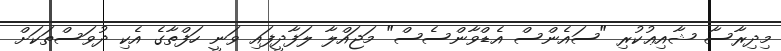
މިދިރާސާ ޝާއިޢުކުރި "ސައެންސް އެޑްވާންސެސް" މަޖައްލާ ލަފާދީފައި ވަނީ ހަފްތާގެ އެކި ދުވަސްތަކަށް